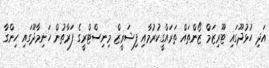
އަދި ހުޅުދޫގައި ޓޫރިޒަމް ޒޯންތައް ތަރައްގީކުރުމާއި ފިޝަރީޒް މިނިސްޓްރީގެ ފަރާތުން ހަނިމާދޫގައި ހިންގާ